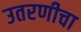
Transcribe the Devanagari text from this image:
उतरणीचा